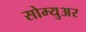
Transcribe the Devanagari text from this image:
सोम्युअर